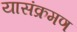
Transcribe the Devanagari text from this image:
यासंक्रमण